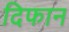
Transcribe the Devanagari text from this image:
दिफान